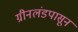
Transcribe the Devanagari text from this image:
ग्रीनलंडपासून